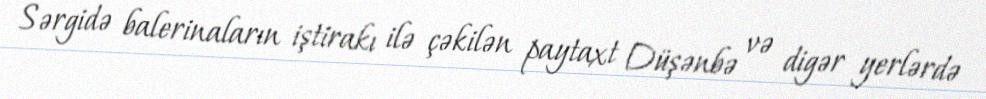
Sərgidə balerinaların iştirakı ilə çəkilən paytaxt Düşənbə və digər yerlərdə